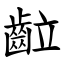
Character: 䶘